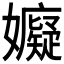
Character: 𭒳